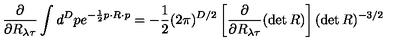
\frac { \partial } { \partial R _ { { \lambda } { \tau } } } \int d ^ { D } p e ^ { - \frac { 1 } { 2 } p \cdot R \cdot p } = - \frac { 1 } { 2 } ( 2 \pi ) ^ { D / 2 } \left[ \frac { \partial } { \partial R _ { { \lambda } { \tau } } } ( \det R ) \right] ( \det R ) ^ { - 3 / 2 }